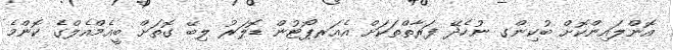
އޮންލައިންކޮށް ބުކިންގ ނުހެދޭ ފަރާތްތަކަށް އެއަރޕޯޓުން ޑޮލަރު ލިބޭ ގޮތަށް ބީއެމްއެލްގެ ކޮންމެ